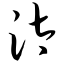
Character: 汰